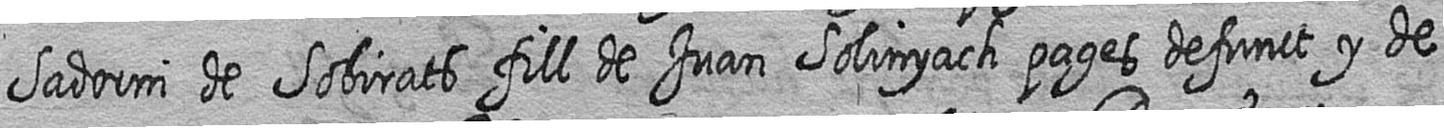
Sadorni de Sobirats fill de Juan Solinyach pages defunct y de